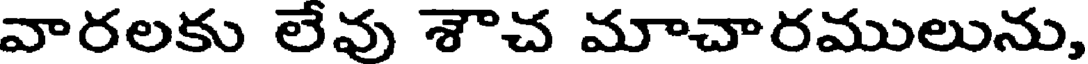
వారలకు లేవు శౌచ మాచారములును,